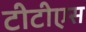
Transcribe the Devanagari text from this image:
टीटीएस